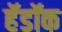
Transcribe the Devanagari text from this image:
हॅडॉक